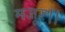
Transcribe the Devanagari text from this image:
मजूर।।